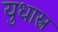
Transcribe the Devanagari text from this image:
युधास्त्र